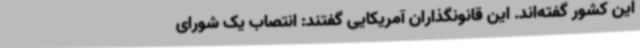
این کشور گفته‌اند. این قانونگذاران آمریکایی گفتند: انتصاب یک شورای